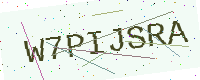
Text: W7PIJSRA